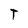
Character: T